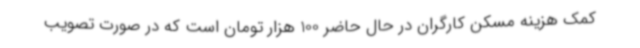
کمک هزینه مسکن کارگران در حال حاضر 100 هزار تومان است که در صورت تصویب